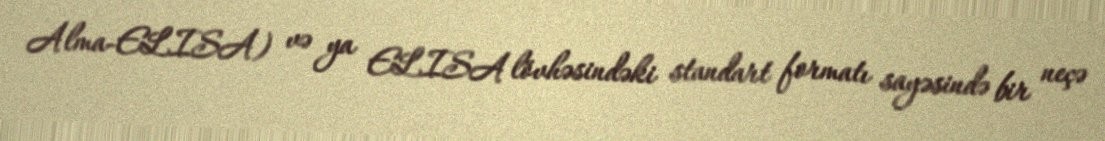
Alma-ELISA) və ya ELISA lövhəsindəki standart formatı sayəsində bir neçə